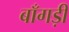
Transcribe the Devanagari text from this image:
बाँगड़ी